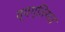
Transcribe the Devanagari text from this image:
व्यग्तिगत